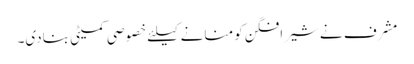
مشرف نے شیرافگن کو منانے کیلئے خصوصی کمیٹی بنادی۔